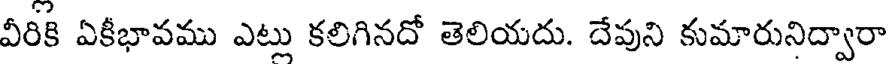
వీరికి ఏకీభావము ఎట్లు కలిగినదో తెలియదు. దేవుని కుమారునిద్వారా